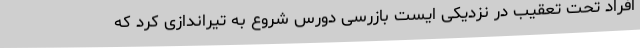
افراد تحت تعقیب در نزدیکی ایست بازرسی دورس شروع به تیراندازی کرد که